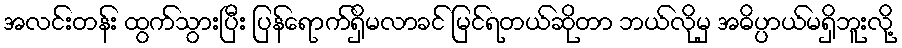
အလင်းတန်း ထွက်သွားပြီး ပြန်ရောက်ရှိမလာခင် မြင်ရတယ်ဆိုတာ ဘယ်လိုမှ အဓိပ္ပာယ်မရှိဘူးလို့